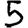
Digit: 5